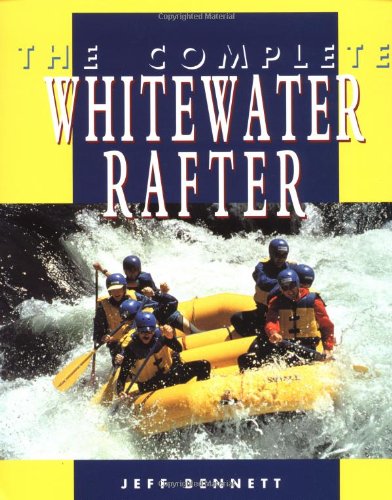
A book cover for The Complete Whitewater Rafter; Jeff Bennett; Sports & Outdoors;